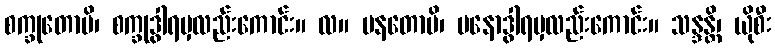
စက္ခုတောပိ၊ စက္ခုဒွါရမှလည်းကောင်း။ လ။ မနတောပိ၊ မနောဒွါရမှလည်းကောင်း။ သန္ဒန္တိ၊ ယိုစီး